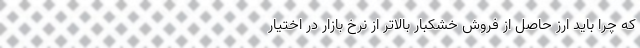
که چرا باید ارز حاصل از فروش خشکبار بالاتر از نرخ بازار در اختیار